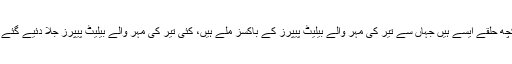
کچھ حلقے ایسے ہیں جہاں سے تیر کی مہر والے بیلیٹ پیپرز کے باکسز ملے ہیں، کئی تیر کی مہر والے بیلیٹ پیپرز جلا دئیے گئے ۔